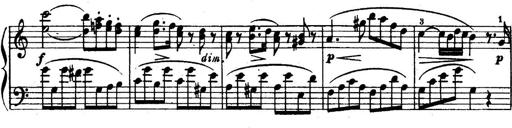
Title: 6 Piano Sonatinas
Composer: Cornelius Gurlitt